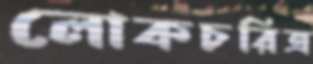
লোকচরিত্র